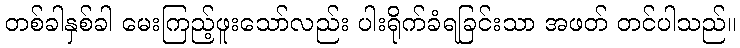
တစ်ခါနှစ်ခါ မေးကြည့်ဖူးသော်လည်း ပါးရိုက်ခံရခြင်းသာ အဖတ် တင်ပါသည်။